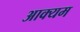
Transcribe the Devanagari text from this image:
आक्यम